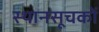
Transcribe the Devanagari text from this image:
स्थानसूचकों